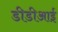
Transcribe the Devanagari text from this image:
डीडीआई